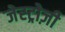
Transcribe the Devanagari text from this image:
जेस्ट्रोज़ी